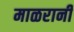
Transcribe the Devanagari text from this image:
माळरानी